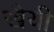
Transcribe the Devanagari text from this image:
खैयी